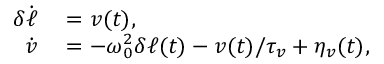
\begin{array} { r l } { \delta \dot { \ell } } & { { } = v ( t ) , } \\ { \dot { v } } & { { } = - \omega _ { 0 } ^ { 2 } \delta \ell ( t ) - v ( t ) / \tau _ { v } + \eta _ { v } ( t ) , } \end{array}